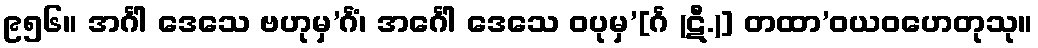
၉၅၆။ အင်္ဂါ ဒေသေ ဗဟုမှ’င်္ဂံ၊ အင်္ဂေါ ဒေသေ ဝပုမှ’[င်္ဂ (ဋီ.)] တထာ’ဝယဝဟေတုသု။